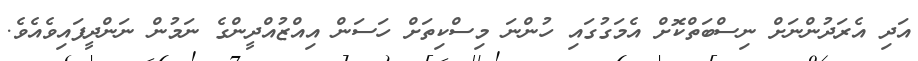
އަދި އެރަދުންނަށް ނިސްބަތްކޮށް އެމަގުގައި ހުންނަ މިސްކިތަށް ހަސަން އިއްޒުއްދީންގެ ނަމުން ނަންދީފައިވެއެވެ.